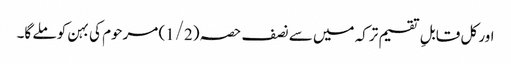
اور کل قابلِ تقسیم ترکہ میں سے نصف حصہ (1/2) مرحوم کی بہن کو ملے گا۔